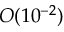
O ( 1 0 ^ { - 2 } )